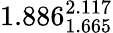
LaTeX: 1.886_{1.665}^{2.117}